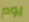
يوم